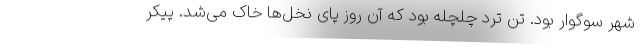
شهر سوگوار بود. تن ترد چلچله بود که آن روز پای نخل‌ها خاک می‌شد. پیکر